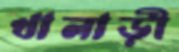
খালাড়ী